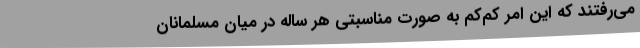
می‌رفتند که این امر کم‌کم به صورت مناسبتی هر ساله در میان مسلمانان